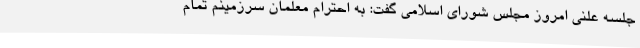
جلسه علنی امروز مجلس شورای اسلامی گفت: به احترام معلمان سرزمینم تمام